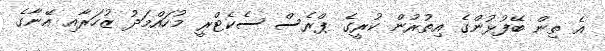
އެ ތިން ބޭފުޅުންގެ އިތުރުން ކުރީގެ ޕްރެސް ސެކެޓްރީ މުހައްމަދު ޒުހަރާއި އޭނާގެ